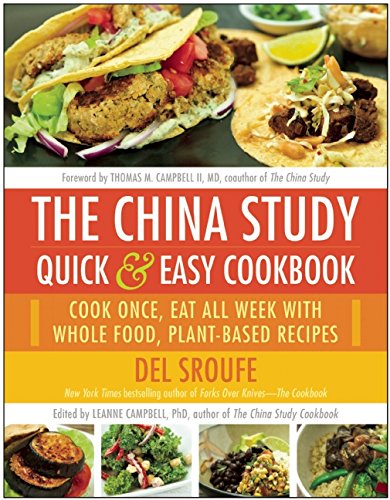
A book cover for The China Study Quick & Easy Cookbook: Cook Once, Eat All Week with Whole Food, Plant-Based Recipes; Del Sroufe; Cookbooks, Food & Wine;